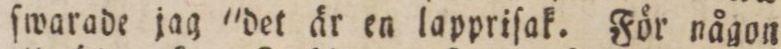
ſwarade jag 'det är en lappriſak. För någon